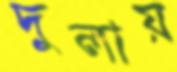
দুলায়